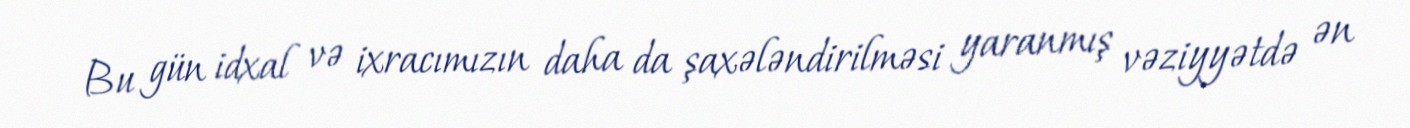
Bu gün idxal və ixracımızın daha da şaxələndirilməsi yaranmış vəziyyətdə ən